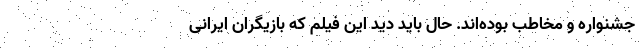
جشنواره و مخاطب بوده‌اند. حال باید دید این فیلم که بازیگران ایرانی